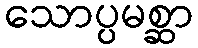
သောပ္ပမစ္ဆာ